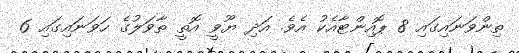
ތިންވަނައިގައި 8 ޕޮއިންޓާއެކު އެވެ. އަދި ޔޫވީ އޮތީ ތާވަލުގެ ހަވަނައިގައި 6